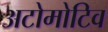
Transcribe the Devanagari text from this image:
अटोमोटिव